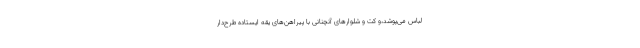
لباس می‌پوشد،و کت و شلوارهای آنچنانی با پیراهن‌های یقه ایستاده طرح‌دار